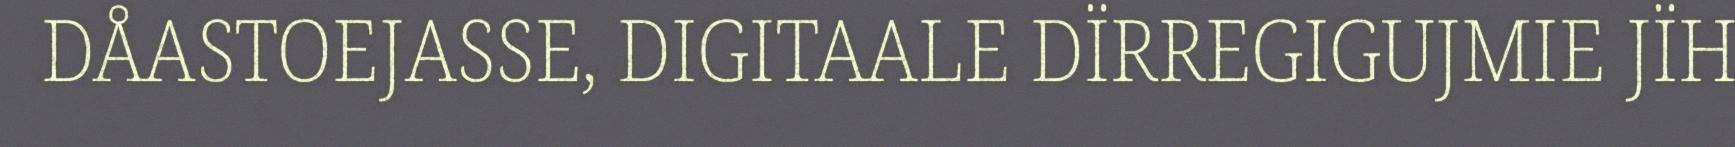
DÅASTOEJASSE, DIGITAALE DÏRREGIGUJMIE JÏH